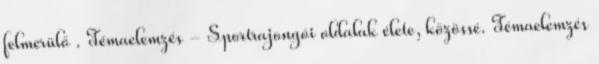
felmerülő . Témaelemzés - Sportrajongói oldalak élete, közössé. Témaelemzés